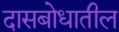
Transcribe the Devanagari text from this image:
दासबोधातील